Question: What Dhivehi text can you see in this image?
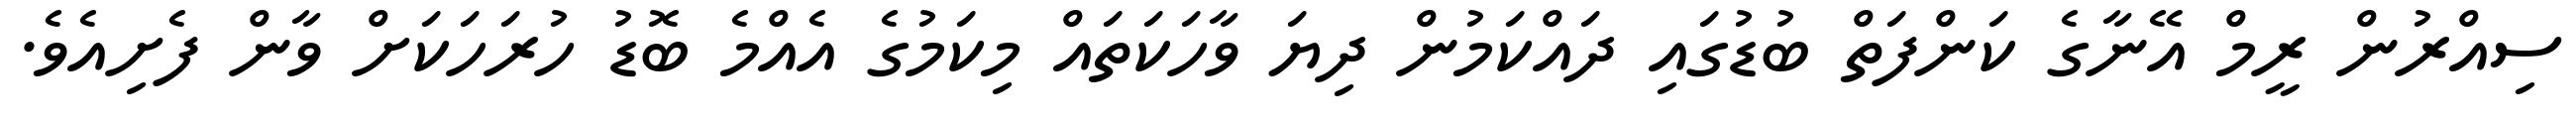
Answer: ސިއްރުން ރީމް އޭނާގެ ކަންފަތް ބުޑުގައި ދައްކަމުން ދިޔަ ވާހަކަތައް މިކަމުގެ އެއްމެ ބޮޑު ހުރަހަކަށް ވާން ފެށިއެވެ.